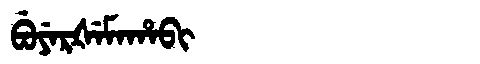
Manchu: ᠪᡠᠶᡝᡵᡧᡝᠮᠠᡥᠠᠪᡳ
Romanization: BUYERŠEMAHABI